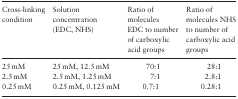
<table><thead><tr><td><b>Cross-linking condition</b></td><td><b>Solution concentration (EDC, NHS)</b></td><td><b>Ratio of molecules EDC to number of carboxylic acid groups</b></td><td><b>Ratio of molecules NHS to number of carboxylic acid groups</b></td></tr></thead><tbody><tr><td>25 mM</td><td>25 mM, 12.5 mM</td><td>70:1</td><td>28:1</td></tr><tr><td>2.5 mM</td><td>2.5 mM, 1.25 mM</td><td>7:1</td><td>2.8:1</td></tr><tr><td>0.25 mM</td><td>0.25 mM, 0.125 mM</td><td>0.7:1</td><td>0.28:1</td></tr></tbody></table>